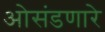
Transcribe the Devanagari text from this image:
ओसंडणारे